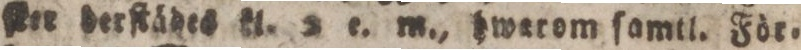
ſter derſtädes kl. 2 e. m., hwarom ſamtl. För=